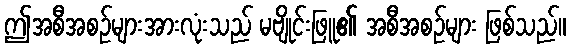
ဤအစီအစဉ်များအားလုံးသည် မဗျိုင်းဖြူ၏ အစီအစဉ်များ ဖြစ်သည်။